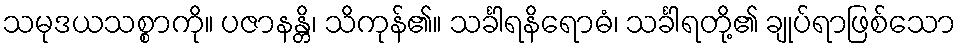
သမုဒယသစ္စာကို။ ပဇာနန္တိ၊ သိကုန်၏။ သင်္ခါရနိရောဓံ၊ သင်္ခါရတို့၏ ချုပ်ရာဖြစ်သော